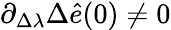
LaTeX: \partial_{\Delta\lambda}\Delta\hat{e}(0)\neq 0